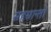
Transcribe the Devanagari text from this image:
सहस्रान्तां